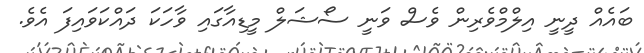
ބައެއް ދީނީ އިލްމްވެރިން ވެސް ވަނީ ސޯޝަލް މީޑިއާގައި ވާހަކަ ދައްކަވައިފަ އެވެ.